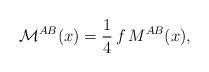
LaTeX: \begin{align*}{\cal M}^{AB}(x) = \frac{1}{4}\,f\, M^{AB}(x),\end{align*}